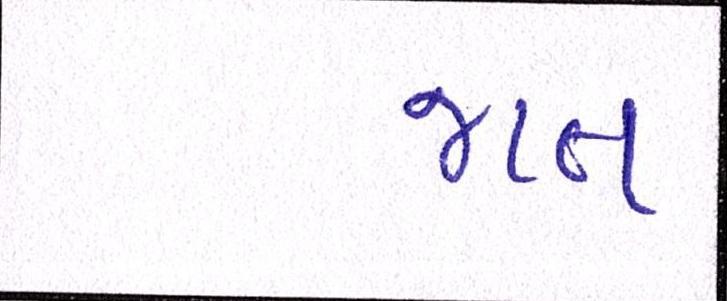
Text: જાત